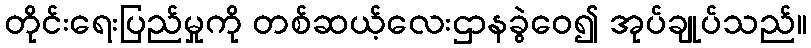
တိုင်းရေးပြည်မှုကို တစ်ဆယ့်လေးဌာနခွဲဝေ၍ အုပ်ချုပ်သည်။